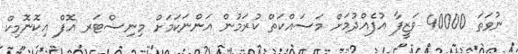
ނުވަތަ 40000 ވަޒީފާ އުފެއްދުމަށް މަސައްކަތް ކުރަމުން އަންނަކަމަށް މިނިސްޓަރ އޮފް އިކޮނޮމިކް